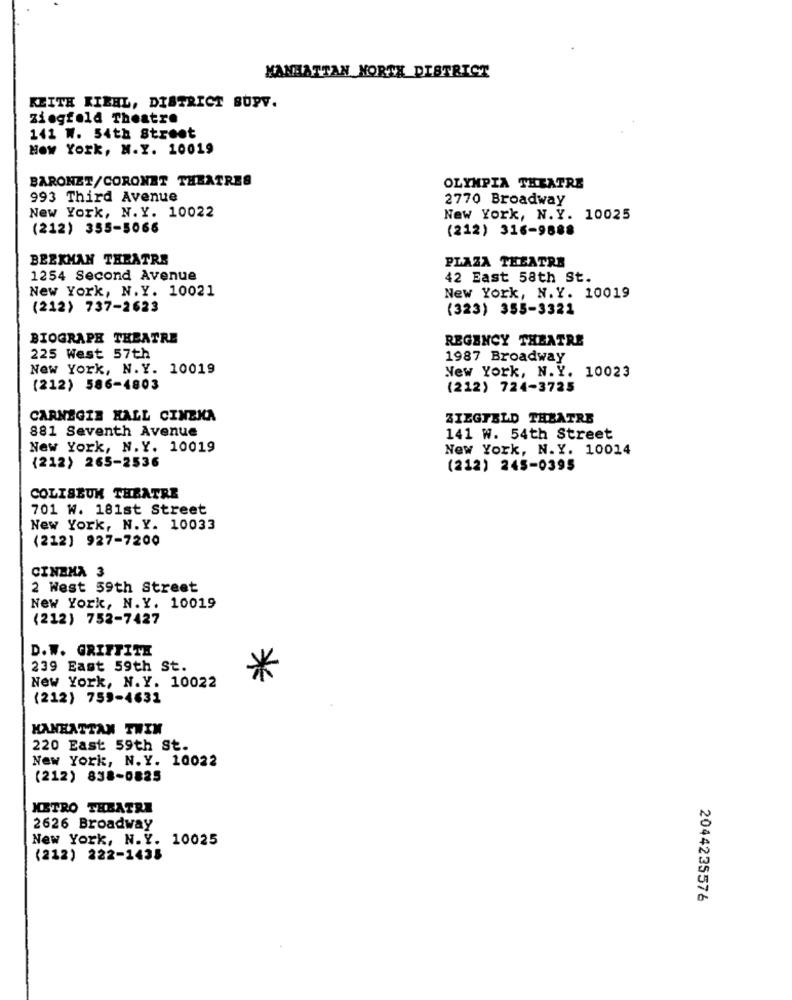
MANHATTAN NORTH DISTRICT
KEITH KIEHL, DISTRICT SUPV.
ziegfeld Theatre
141 W. 54th Street
How York, N.Y. 10019
BARONET/CORONET THEATRES
OLYMPIA THEATRE
993 Third Avenue
2770 Broadway
New York, N.Y. 10022
New York, N.Y. 10025
(212) 355-5066
(212) 316-9888
BEEKMAN THEATRE
PLAZA THEATRE
1254 Second Avenue
42 East 58th St.
New York, N.Y. 10021
New York, N.Y. 10019
(212) 737-2623
(323) 355-3321
BIOGRAPH THEATRE
REGENCY THEATRE
225 West 57th
1987 Broadway
New York, N.Y. 10019
New York, N.Y. 10023
(212) 586-4803
(212) 724-3725
CARNEGIE HALL CINEMA
ZIEGFELD THEATRE
881 Seventh Avenue
141 W. 54th Street
New York, N.Y. 10019
New York, N.Y. 10014
(212) 265-2536
(212) 245-0395
COLISEUM THEATRE
701 w. 181st Street
New York, N.Y. 10033
(212] 927-7200
CINEMA 3
2 West 59th Street
New York, N.Y. 10019
(212) 752-7427
D.W. GRIFFITH
239 East 59th St.
New York, N.Y. 10022
(212) 759-4631
MANHATTAN TWIN
220 East 59th St.
New York, N. Y. 10022
(212) 838-0825
METRO THEATRE
2626 Broadway
New York, N.Y. 10025
(212) 222-1435
2044235576